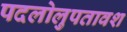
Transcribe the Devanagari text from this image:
पदलोलुपतावश